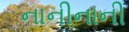
નાનીનાની